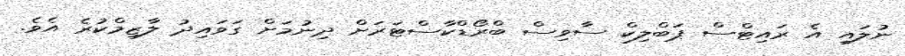
ނުލައި އެ ރައިޓްސް ޕަބްލިކް ސާވިސް ބްރޯޑްކާސްޓަރަށް ދިނުމަށް ގަވައިދު ލާޒިމްކުރެ އެވެ.